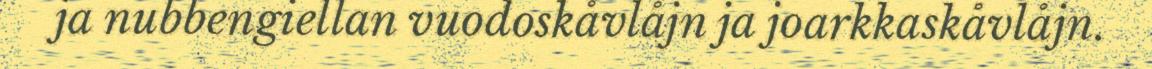
ja nubbengiellan vuodoskåvlåjn ja joarkkaskåvlåjn.